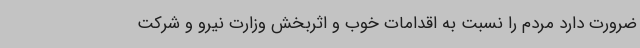
ضرورت دارد مردم را نسبت به اقدامات خوب و اثربخش وزارت نیرو و شرکت